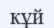
кұй